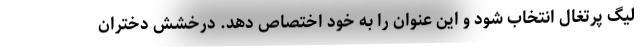
لیگ پرتغال انتخاب شود و این عنوان را به خود اختصاص دهد. درخشش دختران